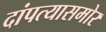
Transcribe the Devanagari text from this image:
दांपत्यासमोर